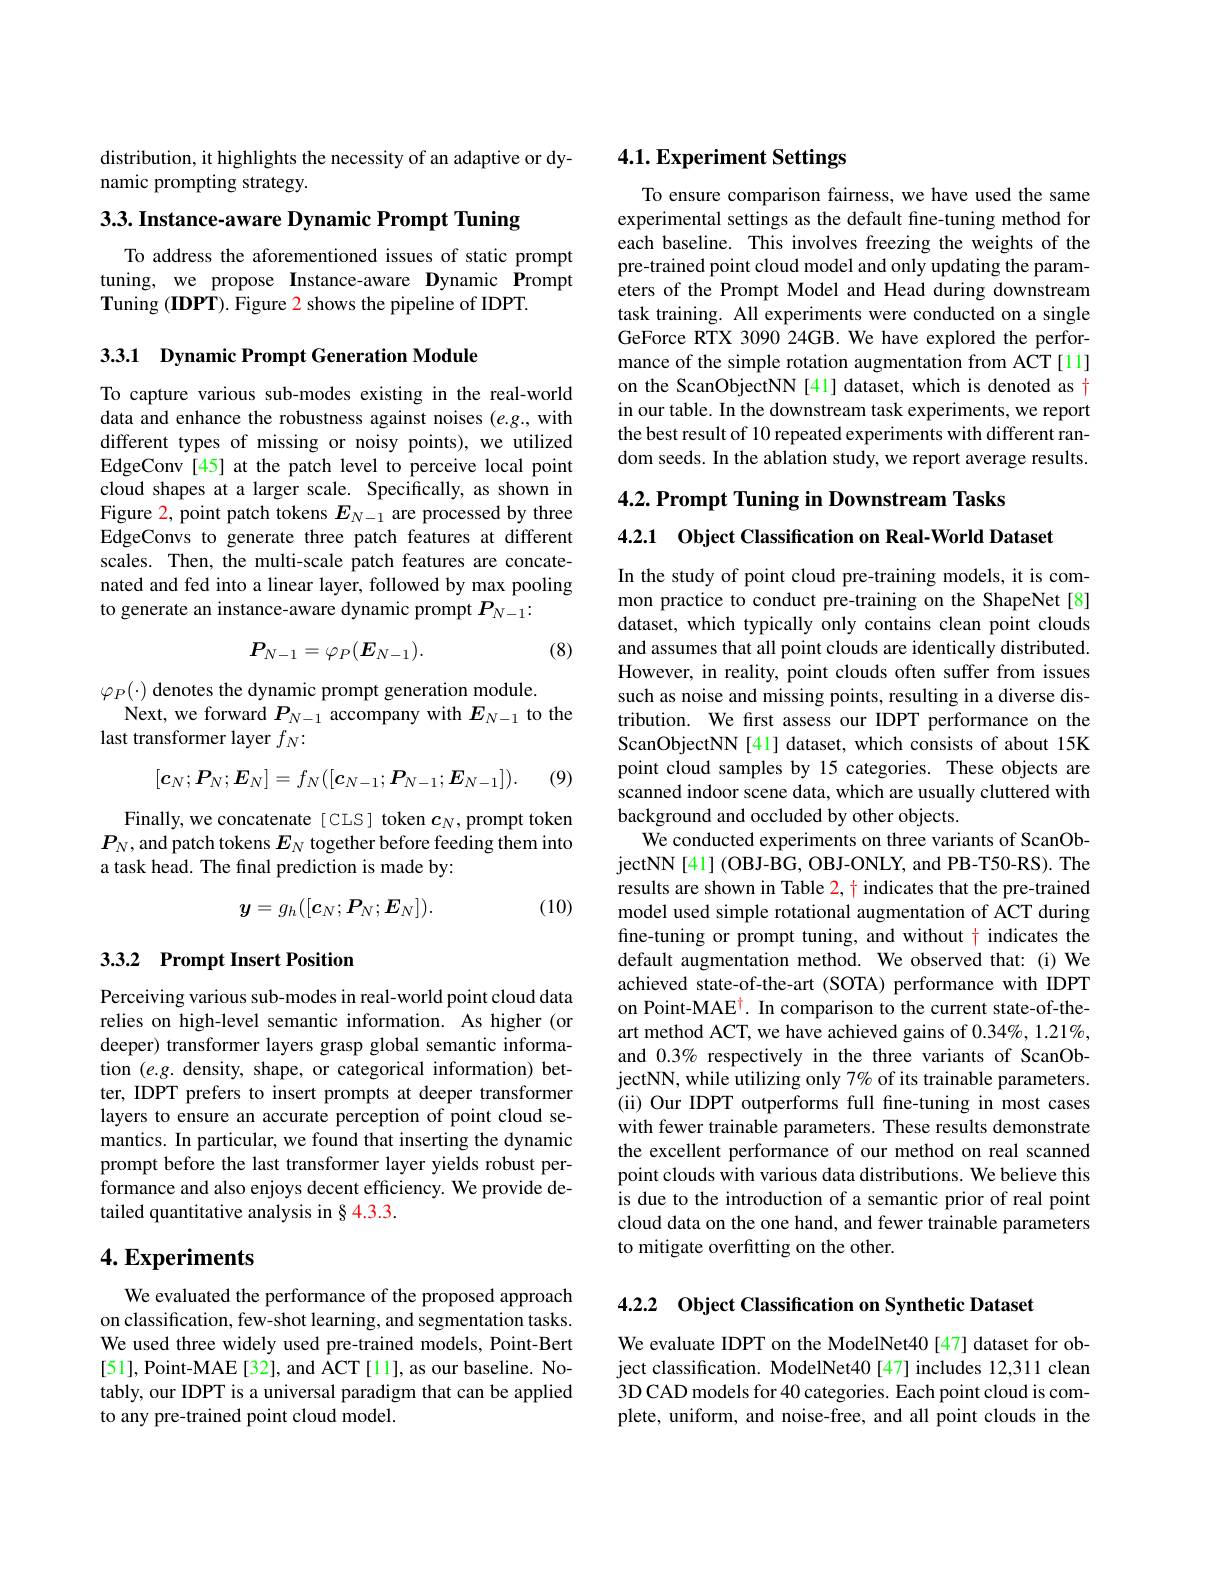
distribution, it highlights the necessity of an adaptive or dy-
namic prompting strategy.

3.3. Instance-aware Dynamic Prompt Tuning

To address the aforementioned issues of static prompt tuning, we propose Instance-aware Dynamic Prompt Tuning $(\mathbf{IDPT}).$ Figure 2 shows the pipeline of IDPT.

3.3.1 Dynamic Prompt Generation Module

To capture various sub-modes existing in the real-world data and enhance the robustness against noises (e.g., with different types of missing or noisy points), we utilized EdgeConv[45] at the patch level to perceive local point cloud shapes at a larger scale. Specifically, as shown in Figure 2, point patch tokens $E_N-1$ are processed by three EdgeConvs to generate three patch features at different scales. Then, the multi-scale patch features are concatenated and fed into a linear layer, followed by max pooling to generate an instance-aware dynamic prompt $P_{N-1}:$
$$P_{N-1}=\varphi_{P}(\boldsymbol{E}_{N-1}).$$
(8)

$\varphi_{P}(\cdot)$ denotes the dynamic prompt generation module.
Next, we forward $P_{N-1}$ accompany with $E_{N-1}$ to the
last transformer layer $f_N:$
$$[\boldsymbol c_N;\boldsymbol P_N;\boldsymbol E_N]=f_N([\boldsymbol c_{N-1};\boldsymbol P_{N-1};\boldsymbol E_{N-1}]).$$
(9)

Finally, we concatenate [ CLS] token $c_N$, prompt token $\boldsymbol{P}_{N}$, and patch tokens $\boldsymbol E_N$ together before feeding them into a task head. The final prediction is made by:
$$\boldsymbol{y}=g_h([\boldsymbol{c}_N;\boldsymbol{P}_N;\boldsymbol{E}_N]).$$
(10)

## 3.3.2 Prompt Insert Position

Perceiving various sub-modes in real-world point cloud data relies on high-level semantic information. As higher (or deeper) transformer layers grasp global semantic information $(e.g.$ density, shape, or categorical information) better, IDPT prefers to insert prompts at deeper transformer layers to ensure an accurate perception of point cloud semantics. In particular, we found that inserting the dynamic prompt before the last transformer layer yields robust performance and also enjoys decent efficiency. We provide detailed quantitative analysis in § 4.3.3.

## 4. Experiments

We evaluated the performance of the proposed approach on classification, few-shot learning, and segmentation tasks. We used three widely used pre-trained models, Point-Bert [51],Point-MAE[32], and ACT[11], as our baseline. Notably, our IDPT is a universal paradigm that can be applied to any pre-trained point cloud model.

# 4.1. Experiment Settings

To ensure comparison fairness, we have used the same experimental settings as the default fine-tuning method for each baseline. This involves freezing the weights of the pre-trained point cloud model and only updating the parameters of the Prompt Model and Head during downstream task training. All experiments were conducted on a single GeForce RTX 3090 24GB. We have explored the performance of the simple rotation augmentation from ACT[11] on the ScanObjectNN[41] dataset, which is denoted as t in our table. In the downstream task experiments, we report the best result of 10 repeated experiments with different random seeds. In the ablation study, we report average results.

$4. 2. \textbf{ Prompt Tuning in Downstream Tasks}$

4.2.1 Object Classification on Real-World Dataset

In the study of point cloud pre-training models, it is common practice to conduct pre-training on the ShapeNet[8] dataset, which typically only contains clean point clouds and assumes that all point clouds are identically distributed. However, in reality, point clouds often suffer from issues such as noise and missing points, resulting in a diverse distribution. We first assess our IDPT performance on the ScanObjectNN [41] dataset, which consists of about 15K point cloud samples by 15 categories. These objects are scanned indoor scene data, which are usually cluttered with background and occluded by other objects.
We conducted experiments on three variants of ScanObjectNN[41] (OBJ-BG, OBJ-ONLY, and PB-T50-RS). The results are shown in Table 2, t indicates that the pre-trained model used simple rotational augmentation of ACT during fine-tuning or prompt tuning, and without $\color{red}{+\text{indicates the}}$ default augmentation method. We observed that: (i) We achieved state-of-the-art (SOTA) performance with IDPT on Point-MAE$^\dagger.$ In comparison to the current state-of-theart method ACT, we have achieved gains of $0.34\%,1.21\%$, and $0.3\%$ respectively in the three variants of ScanObjectNN, while utilizing only 7% of its trainable parameters. (ii) Our IDPT outperforms full fine-tuning in most cases with fewer trainable parameters. These results demonstrate the excellent performance of our method on real scanned point clouds with various data distributions. We believe this is due to the introduction of a semantic prior of real point cloud data on the one hand, and fewer trainable parameters to mitigate overfitting on the other.

4.2.2 Object Classification on Synthetic Dataset

We evaluate IDPT on the ModelNet40 [47] dataset for object classification. ModelNet40 [47] includes 12,311 clean 3D CAD models for 40 categories. Each point cloud is complete, uniform, and noise-free, and all point clouds in the